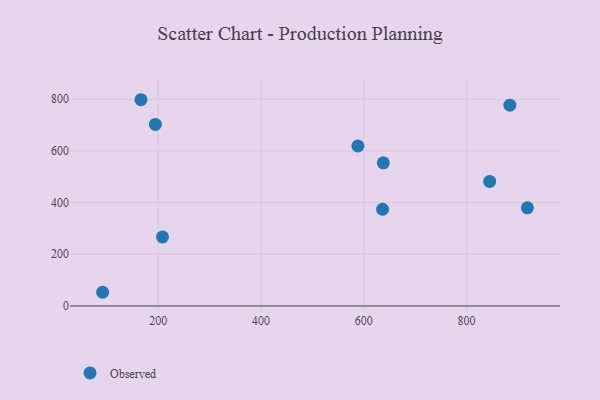
{"axis": {"x": "Speed", "y": "Profit"}, "legend": ["Observed"], "data": [{"x": "844.9", "y": 481.7, "type": "Observed"}, {"x": "636.5", "y": 374.2, "type": "Observed"}, {"x": "208.2", "y": 267.1, "type": "Observed"}, {"x": "884.2", "y": 777.0, "type": "Observed"}, {"x": "588.5", "y": 619.0, "type": "Observed"}, {"x": "194.3", "y": 702.6, "type": "Observed"}, {"x": "918.3", "y": 379.7, "type": "Observed"}, {"x": "91.7", "y": 53.0, "type": "Observed"}, {"x": "166.3", "y": 798.0, "type": "Observed"}, {"x": "638.0", "y": 553.8, "type": "Observed"}]}